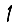
Digit: 1